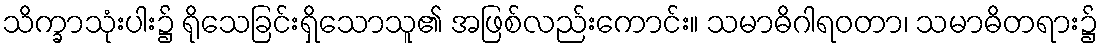
သိက္ခာသုံးပါး၌ ရိုသေခြင်းရှိသောသူ၏ အဖြစ်လည်းကောင်း။ သမာဓိဂါရဝတာ၊ သမာဓိတရား၌